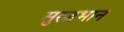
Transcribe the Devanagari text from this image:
सुरजभान